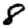
Digit: 8